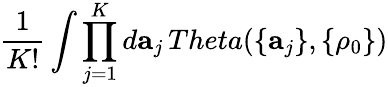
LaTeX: \frac{1}{K!}\int\prod_{j=1}^{K}d{\mathbf a}_{j}\, Theta(\{ {\mathbf a}_{j}\} ,\{ \rho_{0}\} )